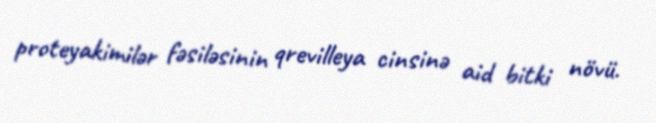
proteyakimilər fəsiləsinin qrevilleya cinsinə aid bitki növü.